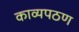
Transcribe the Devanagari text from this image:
काव्यपठण